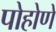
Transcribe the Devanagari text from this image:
पोहोणे